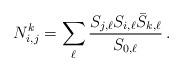
LaTeX: \begin{align*} N_{i,j}^k=\sum_\ell \frac{S_{j,\ell}S_{i,\ell}\bar S_{k,\ell}}{S_{0,\ell}}\,.\end{align*}